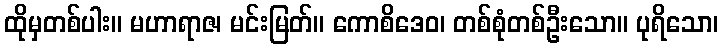
ထိုမှတစ်ပါး။ မဟာရာဇ၊ မင်းမြတ်။ ကောစိဒေဝ၊ တစ်စုံတစ်ဦးသော။ ပုရိသော၊